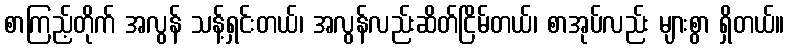
စာကြည့်တိုက် အလွန် သန့်ရှင်းတယ်၊ အလွန်လည်းဆိတ်ငြိမ်တယ်၊ စာအုပ်လည်း များစွာ ရှိတယ်။